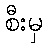
စီးမှ